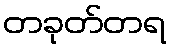
တခုတ်တရ